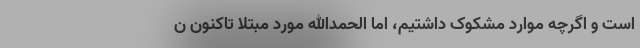
است و اگرچه موارد مشکوک داشتیم، اما الحمدالله مورد مبتلا تاکنون ن